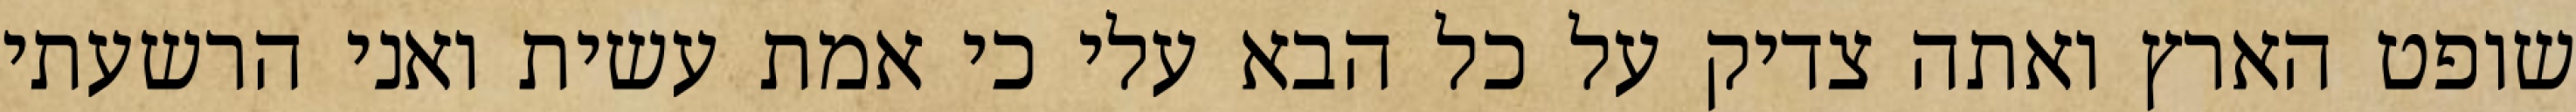
שופט הארץ ואתה צדיק על כל הבא עלי כי אמת עשית ואני הרשעתי